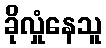
ခိုလှုံနေသူ